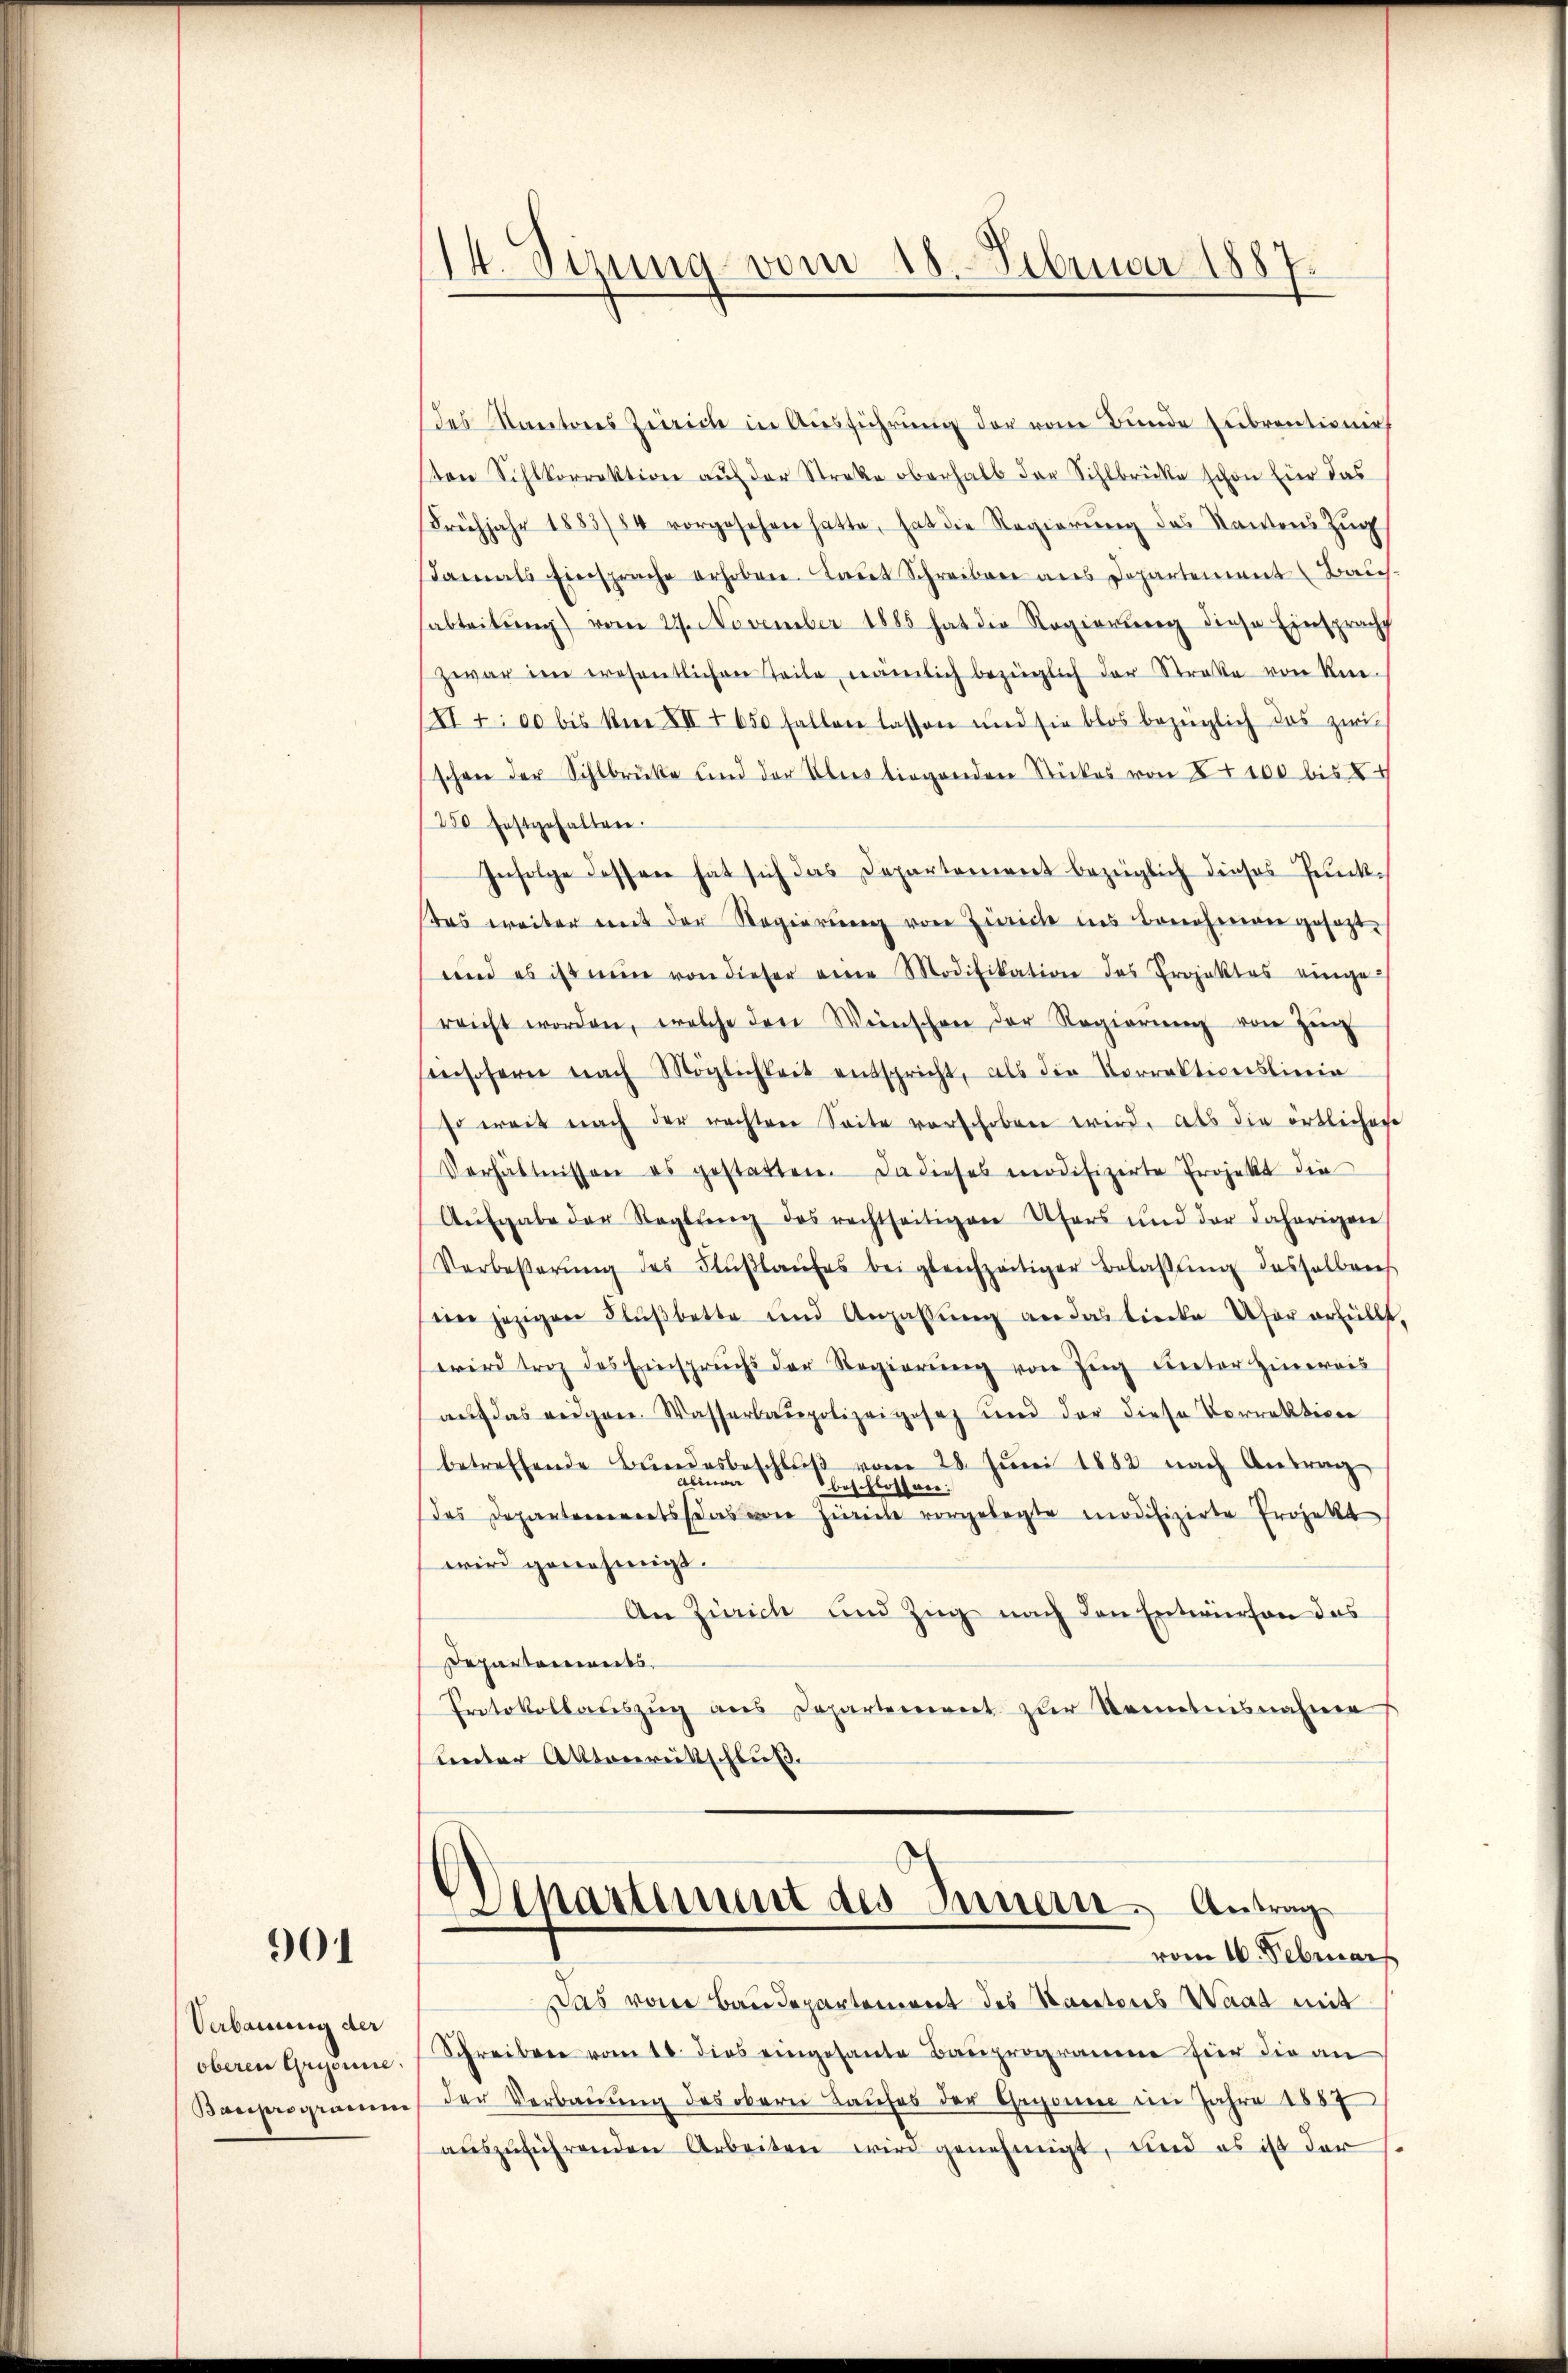
901

Verbauung der
oberen Gryönne.
Bauprogram

14. Sezung vom 15. Februar 1887.

des Kantones Zürich in Ausführung der vom Bunde subventionir
sten Sihlkorrektion auf der Streke oberhalb der Sihlbrücke schon für das
Frühjahr 1883/84 vorgesehen hatte, hat die Regierŭng des Nantens Zŭg
damals Einsprache erhoben. Laut Schreiben aus Departement Bauch
abteilŭng vom 27. November 1885 hat die Regierung diese Einspracht
zwar im wesentlichen Teile, nämlich bezüglich der Straße von Rie-
II7: 00 bis Am XII 1650 fallen lassen und sie blos bezüglich das zwi-
schon der Sihlbrücke und der Übers liegenden Stückes von 100 bis X
/250 festgehalten.
Infolge dessen hat sich das Departement bezüglich dieses Punk¬
Das weiter mit der Regierŭng von Zürich ins Benehmern gesezt,
und es ist nun von dieser eine Modifikation des Projektes einge
reicht worden, welche den Wünschen der Regierung von Zing
nsofern nach Möglichkeit entspricht, als die Vorrektionslieein
so weit nach der rechten Seite verschoben wird, als die örtlicher
Verhältnissen es gestatten. Da dieses modifizirte Projekt die
Aŭfgabe der Stegbŭng des rechtseitigen Ufers und der daherigen
Verbesserŭng des Flŭβlaŭses bei gleichzeitiger Belassŭng desselben
 jezigen Flußbette und Anzahlŭng an das biecke Ufer erfüllt,
wird trag des Einspruchs der Regierŭng von Zŭg unter Hinweis
auf das eidgen. Wasserbaupolizeigesez und der diese Vorrektion
betreffende Bŭndesbeschlŭβ vom 28. Jŭni 1882 nach Antrag
beschlossen:
das Departementssas Zürich vorgelegte modifizirte Projekt
wird genehmigt.
An Zürich und Zug nach den Entwürfen das
Departements
Protokollaŭszŭg ans Departement zur Kenntnisnahme
Kneter Aktenereitschluß.

Departement des Innern Antrage
vom 16. Februar

Das von Baudepartement des Kantons Waat mit
Schreiben vom 18. dies eingesante Bauprogramm für die an
Der Verbauung des oberei Taufes der Gegonne im Jahre 1857
aŭszŭführenden Arbeiten wird genehmigt, und es ist der